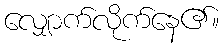
လျှောက်လိုက်နေ၏။